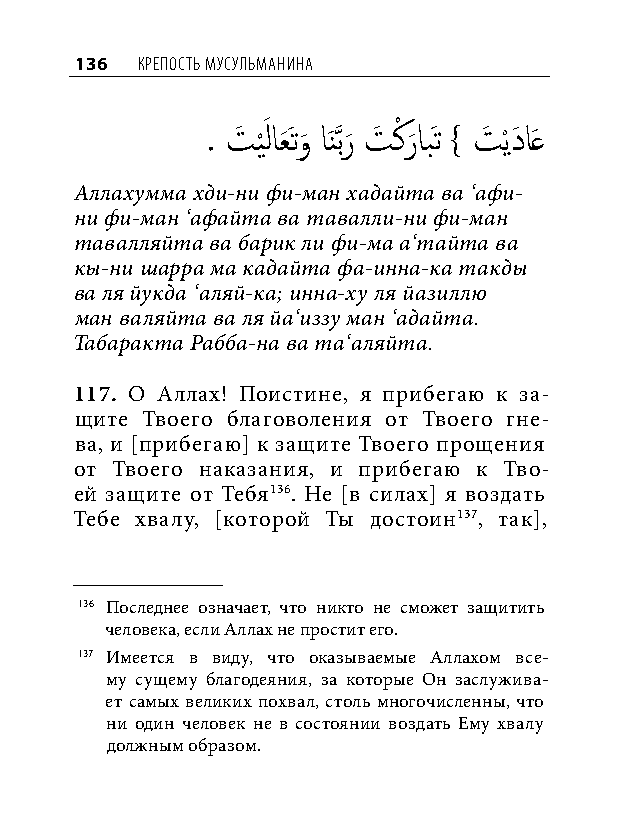
136 КреПость мусульманина
 َ        ْ
 . تَ ي
 ْ
 لاعَ َتو
 َ
 اَنَّذبر
 َ
 تَ كر
 َ
 ابَت } تَ ْيدَ اَع
 Аллахумма хди-ни фи-ман хадайта ва ‘афи-
 ни фи-ман ‘афайта ва тавалли-ни фи-ман
 тавалляйта ва барик ли фи-ма а‘тайта ва
 кы-ни шарра ма кадайта фа-инна-ка такды
 ва ля йукда ‘аляй-ка; инна-ху ля йазиллю
 ман валяйта ва ля йа‘иззу ман ‘адайта.
 Табаракта Рабба-на ва та‘аляйта.
 117. О Аллах! Поистине, я прибегаю к за-
 щите Твоего благоволения от Твоего гне-
 ва, и [прибегаю] к защите Твоего прощения
 от Твоего наказания, и прибегаю к Тво-
 ей защите от Тебя136. Не [в силах] я воздать
 Тебе хвалу, [которой Ты достоин137, так],
 136 Последнее означает, что никто не сможет защитить
 человека, если Аллах не простит его.
 137 Имеется в виду, что оказываемые Аллахом все-
 му сущему благодеяния, за которые Он заслужива-
 ет самых великих похвал, столь многочисленны, что
 ни один человек не в состоянии воздать Ему хвалу
 должным образом.